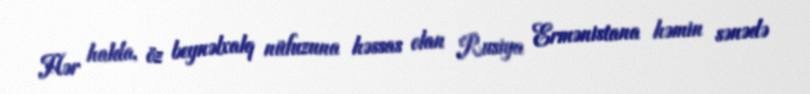
Hər halda, öz beynəlxalq nüfuzuna həssas olan Rusiya Ermənistana həmin sənədə